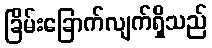
ခြိမ်းခြောက်လျက်ရှိသည်